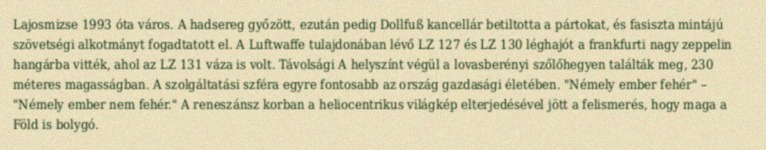
Lajosmizse 1993 óta város. A hadsereg győzött, ezután pedig Dollfuß kancellár betiltotta a pártokat, és fasiszta mintájú szövetségi alkotmányt fogadtatott el. A Luftwaffe tulajdonában lévő LZ 127 és LZ 130 léghajót a frankfurti nagy zeppelin hangárba vitték, ahol az LZ 131 váza is volt. Távolsági A helyszínt végül a lovasberényi szőlőhegyen találták meg, 230 méteres magasságban. A szolgáltatási szféra egyre fontosabb az ország gazdasági életében. "Némely ember fehér" – "Némely ember nem fehér." A reneszánsz korban a heliocentrikus világkép elterjedésével jött a felismerés, hogy maga a Föld is bolygó.